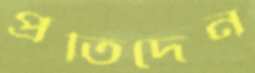
প্রতিদেন